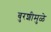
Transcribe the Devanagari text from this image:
बुरशीमुळे